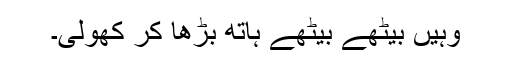
وہیں بیٹھے بیٹھے ہاتھ بڑھا کر کھولی۔